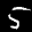
Label: 5